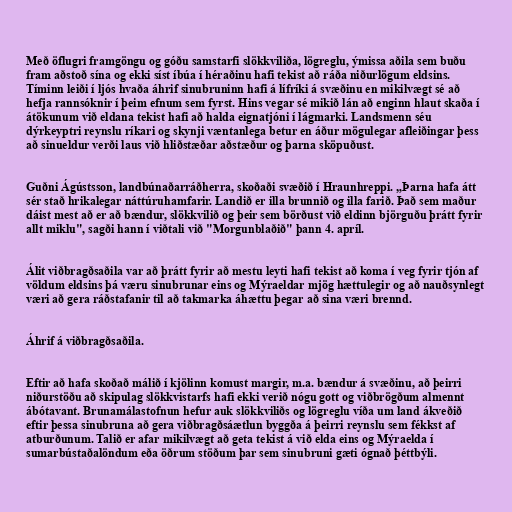
Með öflugri framgöngu og góðu samstarfi slökkviliða, lögreglu, ýmissa aðila sem buðu
fram aðstoð sína og ekki síst íbúa í héraðinu hafi tekist að ráða niðurlögum eldsins.
Tíminn leiði í ljós hvaða áhrif sinubruninn hafi á lífríki á svæðinu en mikilvægt sé að
hefja rannsóknir í þeim efnum sem fyrst. Hins vegar sé mikið lán að enginn hlaut skaða í
átökunum við eldana tekist hafi að halda eignatjóni í lágmarki. Landsmenn séu
dýrkeyptri reynslu ríkari og skynji væntanlega betur en áður mögulegar afleiðingar þess
að sinueldur verði laus við hliðstæðar aðstæður og þarna sköpuðust.

Guðni Ágústsson, landbúnaðarráðherra, skoðaði svæðið í Hraunhreppi. „Þarna hafa átt
sér stað hrikalegar náttúruhamfarir. Landið er illa brunnið og illa farið. Það sem maður
dáist mest að er að bændur, slökkvilið og þeir sem börðust við eldinn björguðu þrátt fyrir
allt miklu", sagði hann í viðtali við "Morgunblaðið" þann 4. apríl.

Álit viðbragðsaðila var að þrátt fyrir að mestu leyti hafi tekist að koma í veg fyrir tjón af
völdum eldsins þá væru sinubrunar eins og Mýraeldar mjög hættulegir og að nauðsynlegt
væri að gera ráðstafanir til að takmarka áhættu þegar að sina væri brennd.

Áhrif á viðbragðsaðila.

Eftir að hafa skoðað málið í kjölinn komust margir, m.a. bændur á svæðinu, að þeirri
niðurstöðu að skipulag slökkvistarfs hafi ekki verið nógu gott og viðbrögðum almennt
ábótavant. Brunamálastofnun hefur auk slökkviliðs og lögreglu víða um land ákveðið
eftir þessa sinubruna að gera viðbragðsáætlun byggða á þeirri reynslu sem fékkst af
atburðunum. Talið er afar mikilvægt að geta tekist á við elda eins og Mýraelda í
sumarbústaðalöndum eða öðrum stöðum þar sem sinubruni gæti ógnað þéttbýli.